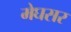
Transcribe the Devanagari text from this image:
मेघसर